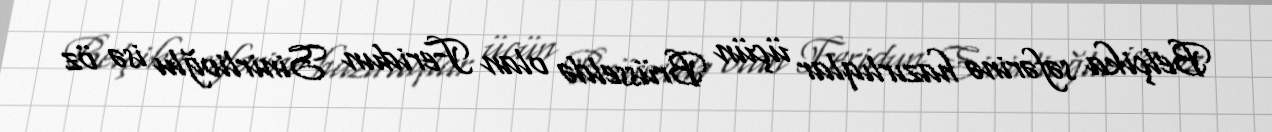
Belçika səfərinə hazırlıqlar üçün Brüsseldə olan Feridun Sinirlioğlu isə öz